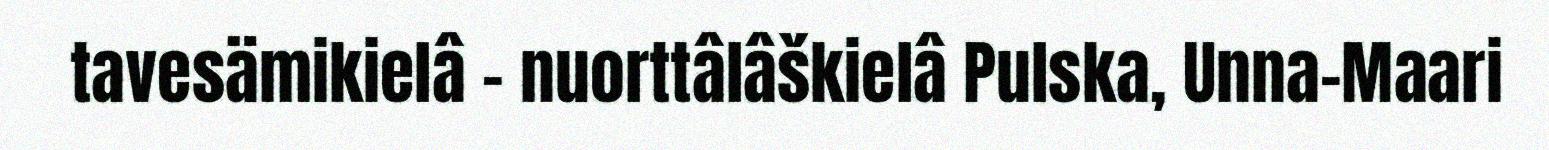
tavesämikielâ - nuorttâlâškielâ Pulska, Unna-Maari